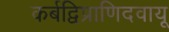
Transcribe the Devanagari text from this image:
कर्बद्विप्राणिदवायू